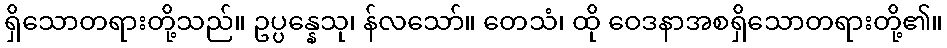
ရှိသောတရားတို့သည်။ ဥပ္ပန္နေသု၊ န်လသော်။ တေသံ၊ ထို ဝေဒနာအစရှိသောတရားတို့၏။